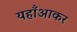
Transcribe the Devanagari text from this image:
यहाँआकर